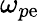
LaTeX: \omega_{p\mathrm{e}}